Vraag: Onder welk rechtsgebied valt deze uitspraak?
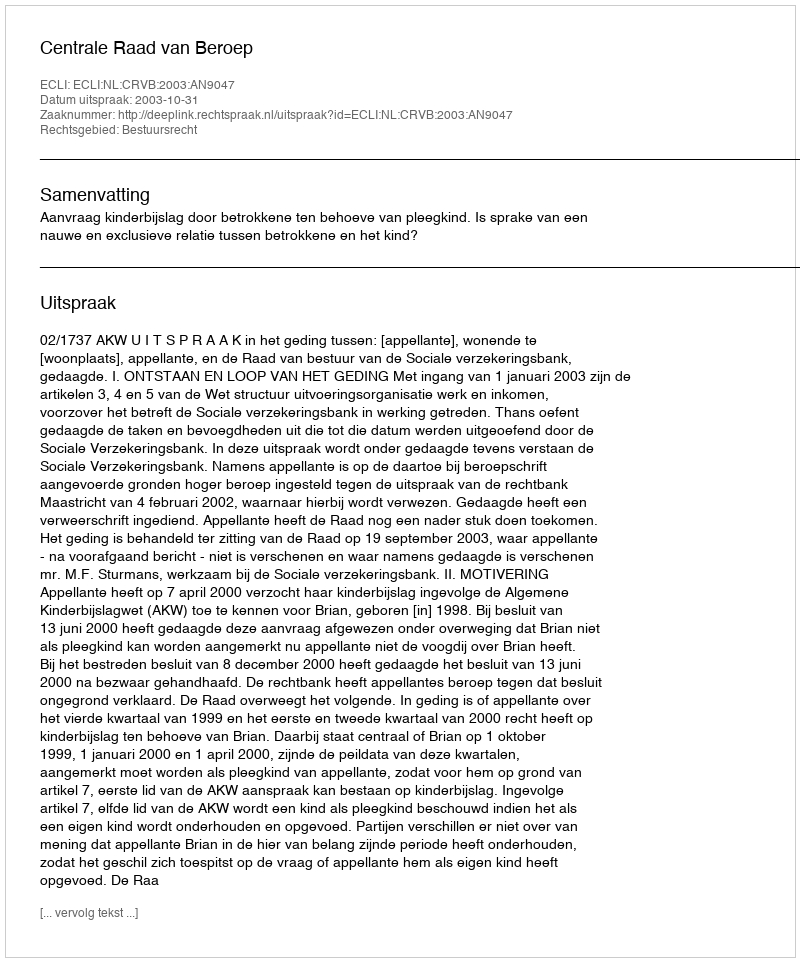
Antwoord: Bestuursrecht